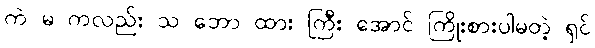
ကဲ မ ကလည်း သ ဘော ထား ကြီး အောင် ကြိုးစားပါမတဲ့ ရှင်